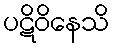
ပဋိဝိနေသိ